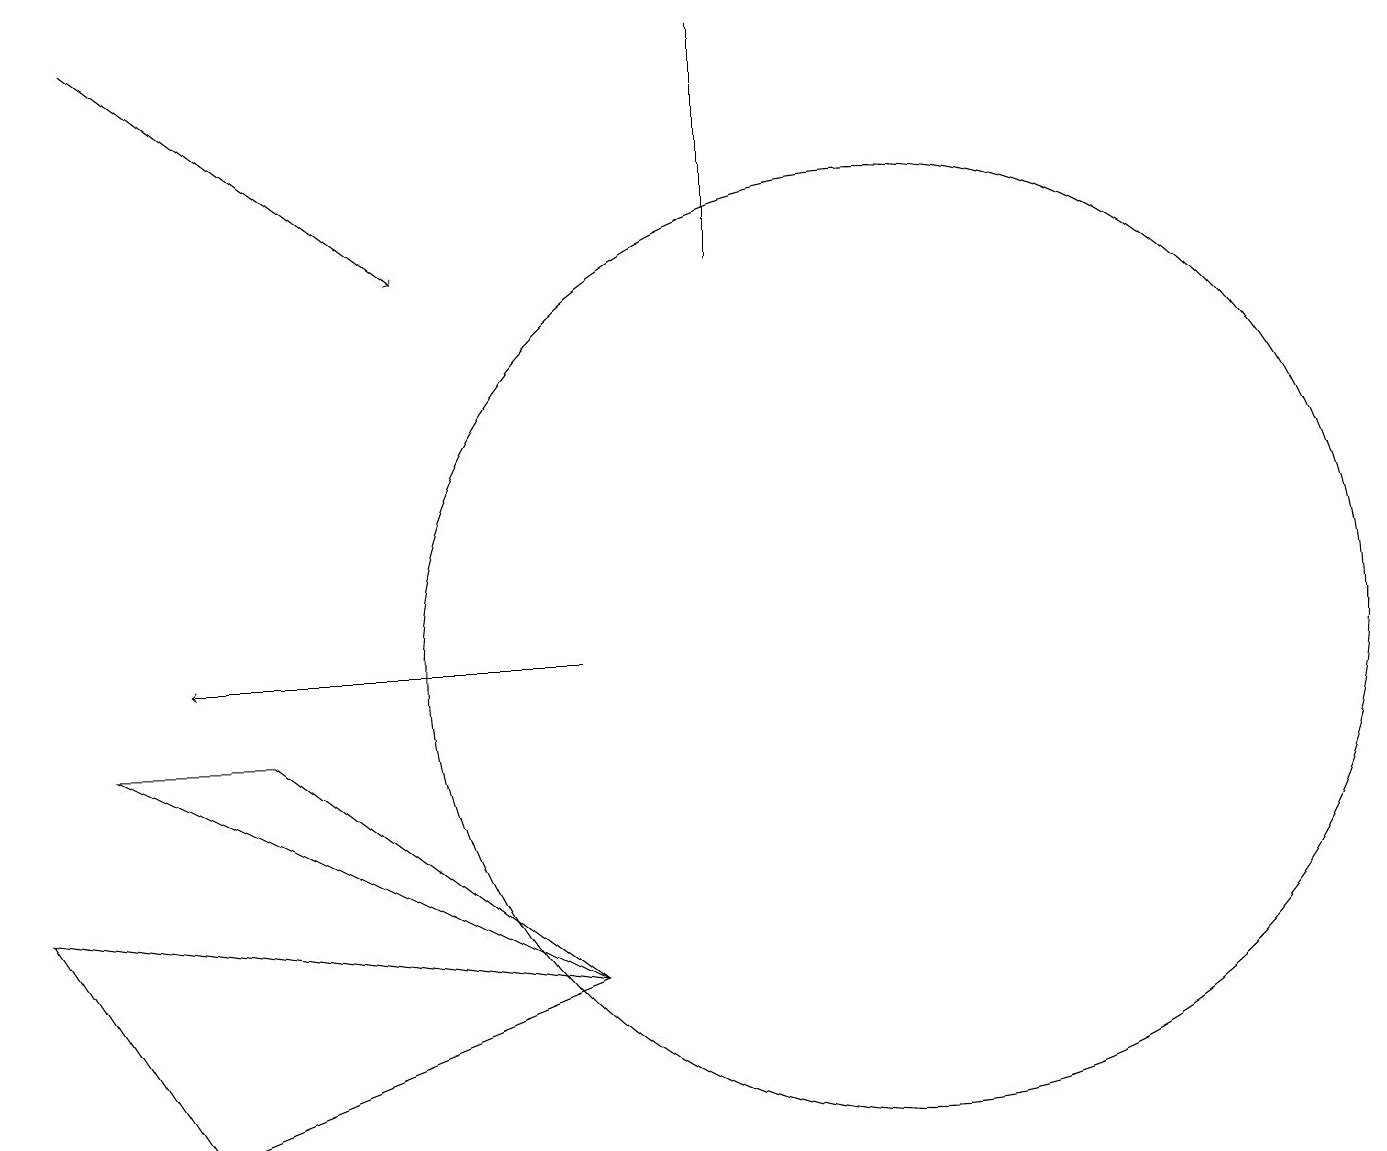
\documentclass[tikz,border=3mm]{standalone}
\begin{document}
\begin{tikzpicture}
\draw (9,15) rectangle (9,18);
\draw[->] (7,10) -- (2,10);
\draw (11,10) circle (6);
\draw (3,9) -- (1,9) -- (7,6) -- cycle;
\draw[->] (1,18) -- (5,15);
\draw (2,4) -- (0,7) -- (7,6) -- cycle;
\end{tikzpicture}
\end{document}